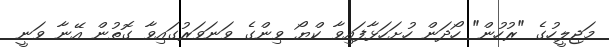
މަޖިލީހުގެ "ރުހުން" ހޯދަން ހުށަހަޅާފައިވާ ކްޔޯ ވިންގެ ވަނަވަރުގައިވާ ގޮތުން އޭނާ ވަނީ